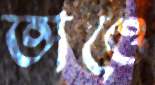
তাওে